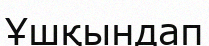
Ұшқындап